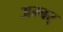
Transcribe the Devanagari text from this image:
अम्बर्